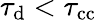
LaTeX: \tau_{\mathrm{d}}<\tau_{\mathrm{cc}}